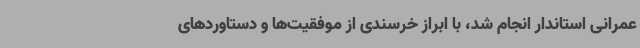
عمرانی استاندار انجام شد، با ابراز خرسندی از موفقیت‌ها و دستاوردهای